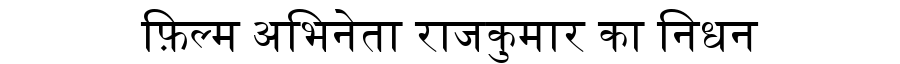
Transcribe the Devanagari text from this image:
फ़िल्म अभिनेता राजकुमार का निधन